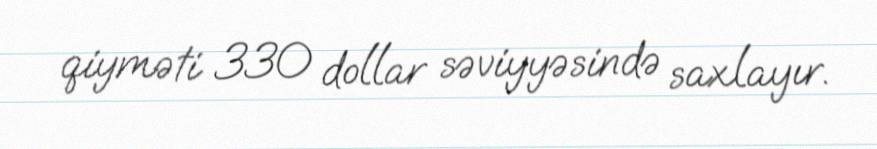
qiyməti 330 dollar səviyyəsində saxlayır.